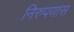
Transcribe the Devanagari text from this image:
निरुपणास